Plague in India, 1896, 1897 - Volume 1
Year: 1896
Disease focus: Plague
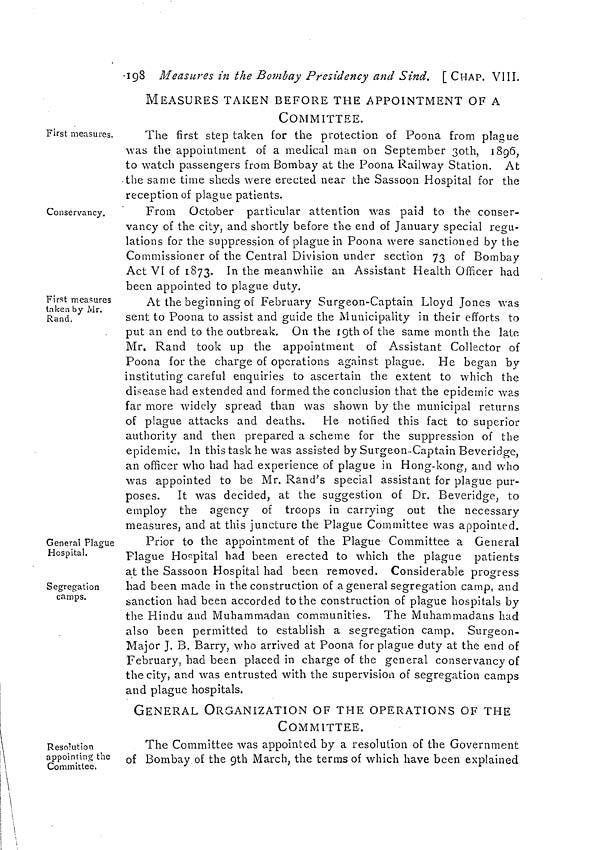
198 Measures in the Bombay Presidency and Sind. [CHAP. VIII.
First measures.
MEASURES TAKEN BEFORE THE APPOINTMENT OF A
COMMITTEE.
The first step taken for the protection of Poona from plague
was the appointment of a medical man on September 30th, 1896,
to watch passengers from Bombay at the Poona Railway Station. At
the same time sheds were erected near the Sassoon Hospital for the
reception of plague patients.
Conservancy.
From October particular attention was paid to the conser-
vancy of the city, and shortly before the end of January special regu-
lations for the suppression of plague in Poona were sanctioned by the
Commissioner of the Central Division under section 73 of Bombay
Act VI of 1873. In the meanwhile an Assistant Health Officer had
been appointed to plague duty.
First measures
taken by Mr.
Rand.
At the beginning of February Surgeon-Captain Lloyd Jones was
sent to Poona to assist and guide the Municipality in their efforts to
put an end to the outbreak. On the 19th of the same month the late
Mr. Rand took up the appointment of Assistant Collector of
Poona for the charge of operations against plague. He began by
instituting careful enquiries to ascertain the extent to which the
disease had extended and formed the conclusion that the epidemic was
far more widely spread than was shown by the municipal returns
of plague attacks and deaths. He notified this fact to superior
authority and then prepared a scheme for the suppression of the
epidemic. In this task he was assisted by Surgeon-Captain Beveridge,
an officer who had had experience of plague in Hong-kong, and who
was appointed to be Mr. Rand's special assistant for plague pur-
poses. It was decided, at the suggestion of Dr. Beveridge, to
employ the agency of troops in carrying out the necessary
measures, and at this juncture the Plague Committee was appointed.
General Plague
Hospital.
Segregation
camps.
Prior to the appointment of the Plague Committee a General
Plague Hospital had been erected to which the plague patients
at the Sassoon Hospital had been removed. Considerable progress
had been made in the construction of a general segregation camp, and
sanction had been accorded to the construction of plague hospitals by
the Hindu and Muhammadan communities. The Muhammadans had
also been permitted to establish a segregation camp. Surgeon-
Major J. B. Barry, who arrived at Poona for plague duty at the end of
February, had been placed in charge of the general conservancy of
the city, and was entrusted with the supervision of segregation camps
and plague hospitals.
Resolution
appointing the
Committee.
GENERAL ORGANIZATION OF THE OPERATIONS OF THE
COMMITTEE.
The Committee was appointed by a resolution of the Government
of Bombay of the 9th March, the terms of which have been explained